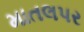
માતલપર